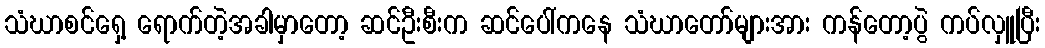
သံဃာစင်ရှေ့ ရောက်တဲ့အခါမှာတော့ ဆင်ဦးစီးက ဆင်ပေါ်ကနေ သံဃာတော်များအား ကန်တော့ပွဲ ကပ်လှူပြီး